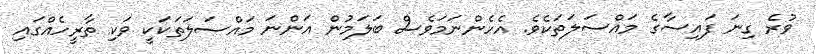
ވުރެ ގިނަ ފައިސާގެ މައްސަލަތަކެވެ. އެހެންނަމަވެސް ބަލަމުން އަންނަ މައްސަލަތަކަކީ ވަކި ތާރީހެއްގައި